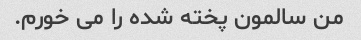
من سالمون پخته شده را می خورم.